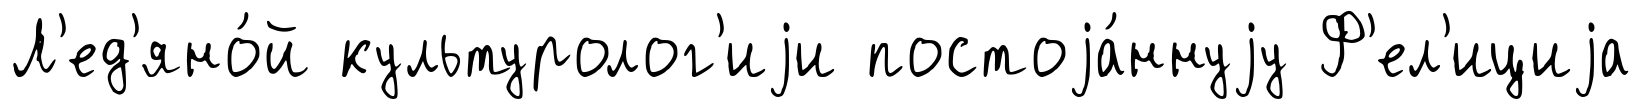
Л'ед'яно́й культуролог'иjи постоjа́ннуjу Ф'ел'ициjа